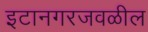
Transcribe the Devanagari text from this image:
इटानगरजवळील